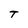
Character: T